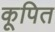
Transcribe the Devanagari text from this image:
कूपित